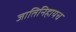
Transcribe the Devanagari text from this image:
जातिनिहायच